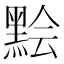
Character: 𪑅